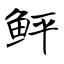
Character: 鲆